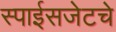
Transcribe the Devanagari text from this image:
स्पाईसजेटचे